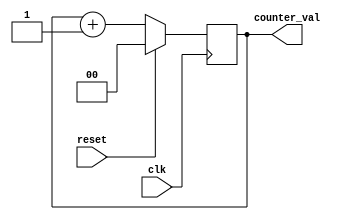
module counter_column(
    input wire clk,
    input wire reset,
    output wire [1:0] counter_val
);

reg [1:0] counter;

initial begin
  counter <= 2'b0;
end


  always @(posedge clk) begin

        if(!reset)begin
            counter <= counter + 2'b1;
        end else begin
            counter <= 2'b0;
        end
          



  end
  // always @(posedge clk or posedge reset) begin
  //     if (reset) begin
  //       counter <= 2'b0;

  //     end else begin

  //       counter <= counter + 2'b1;

  //     end
  // end

  assign counter_val = counter;


endmodule

// module program_counter (
//     input wire clk,
//     input wire reset,
//     input wire jump_en,
//     input wire [31:0] jump_addr,
//     output wire [31:0] addr
// );

//   reg [31:0] pc;

//   initial begin
//     pc <= 32'b0;
//   end

//   always @(posedge clk or posedge reset) begin
//     if (reset) begin
//       pc <= 32'b0;
//     end else if (jump_en == 1'b1) begin
//       pc <= pc + jump_addr;
//     end else begin
//       pc <= pc + 32'b1;
//     end
//   end

//   assign addr = pc;

// endmodule